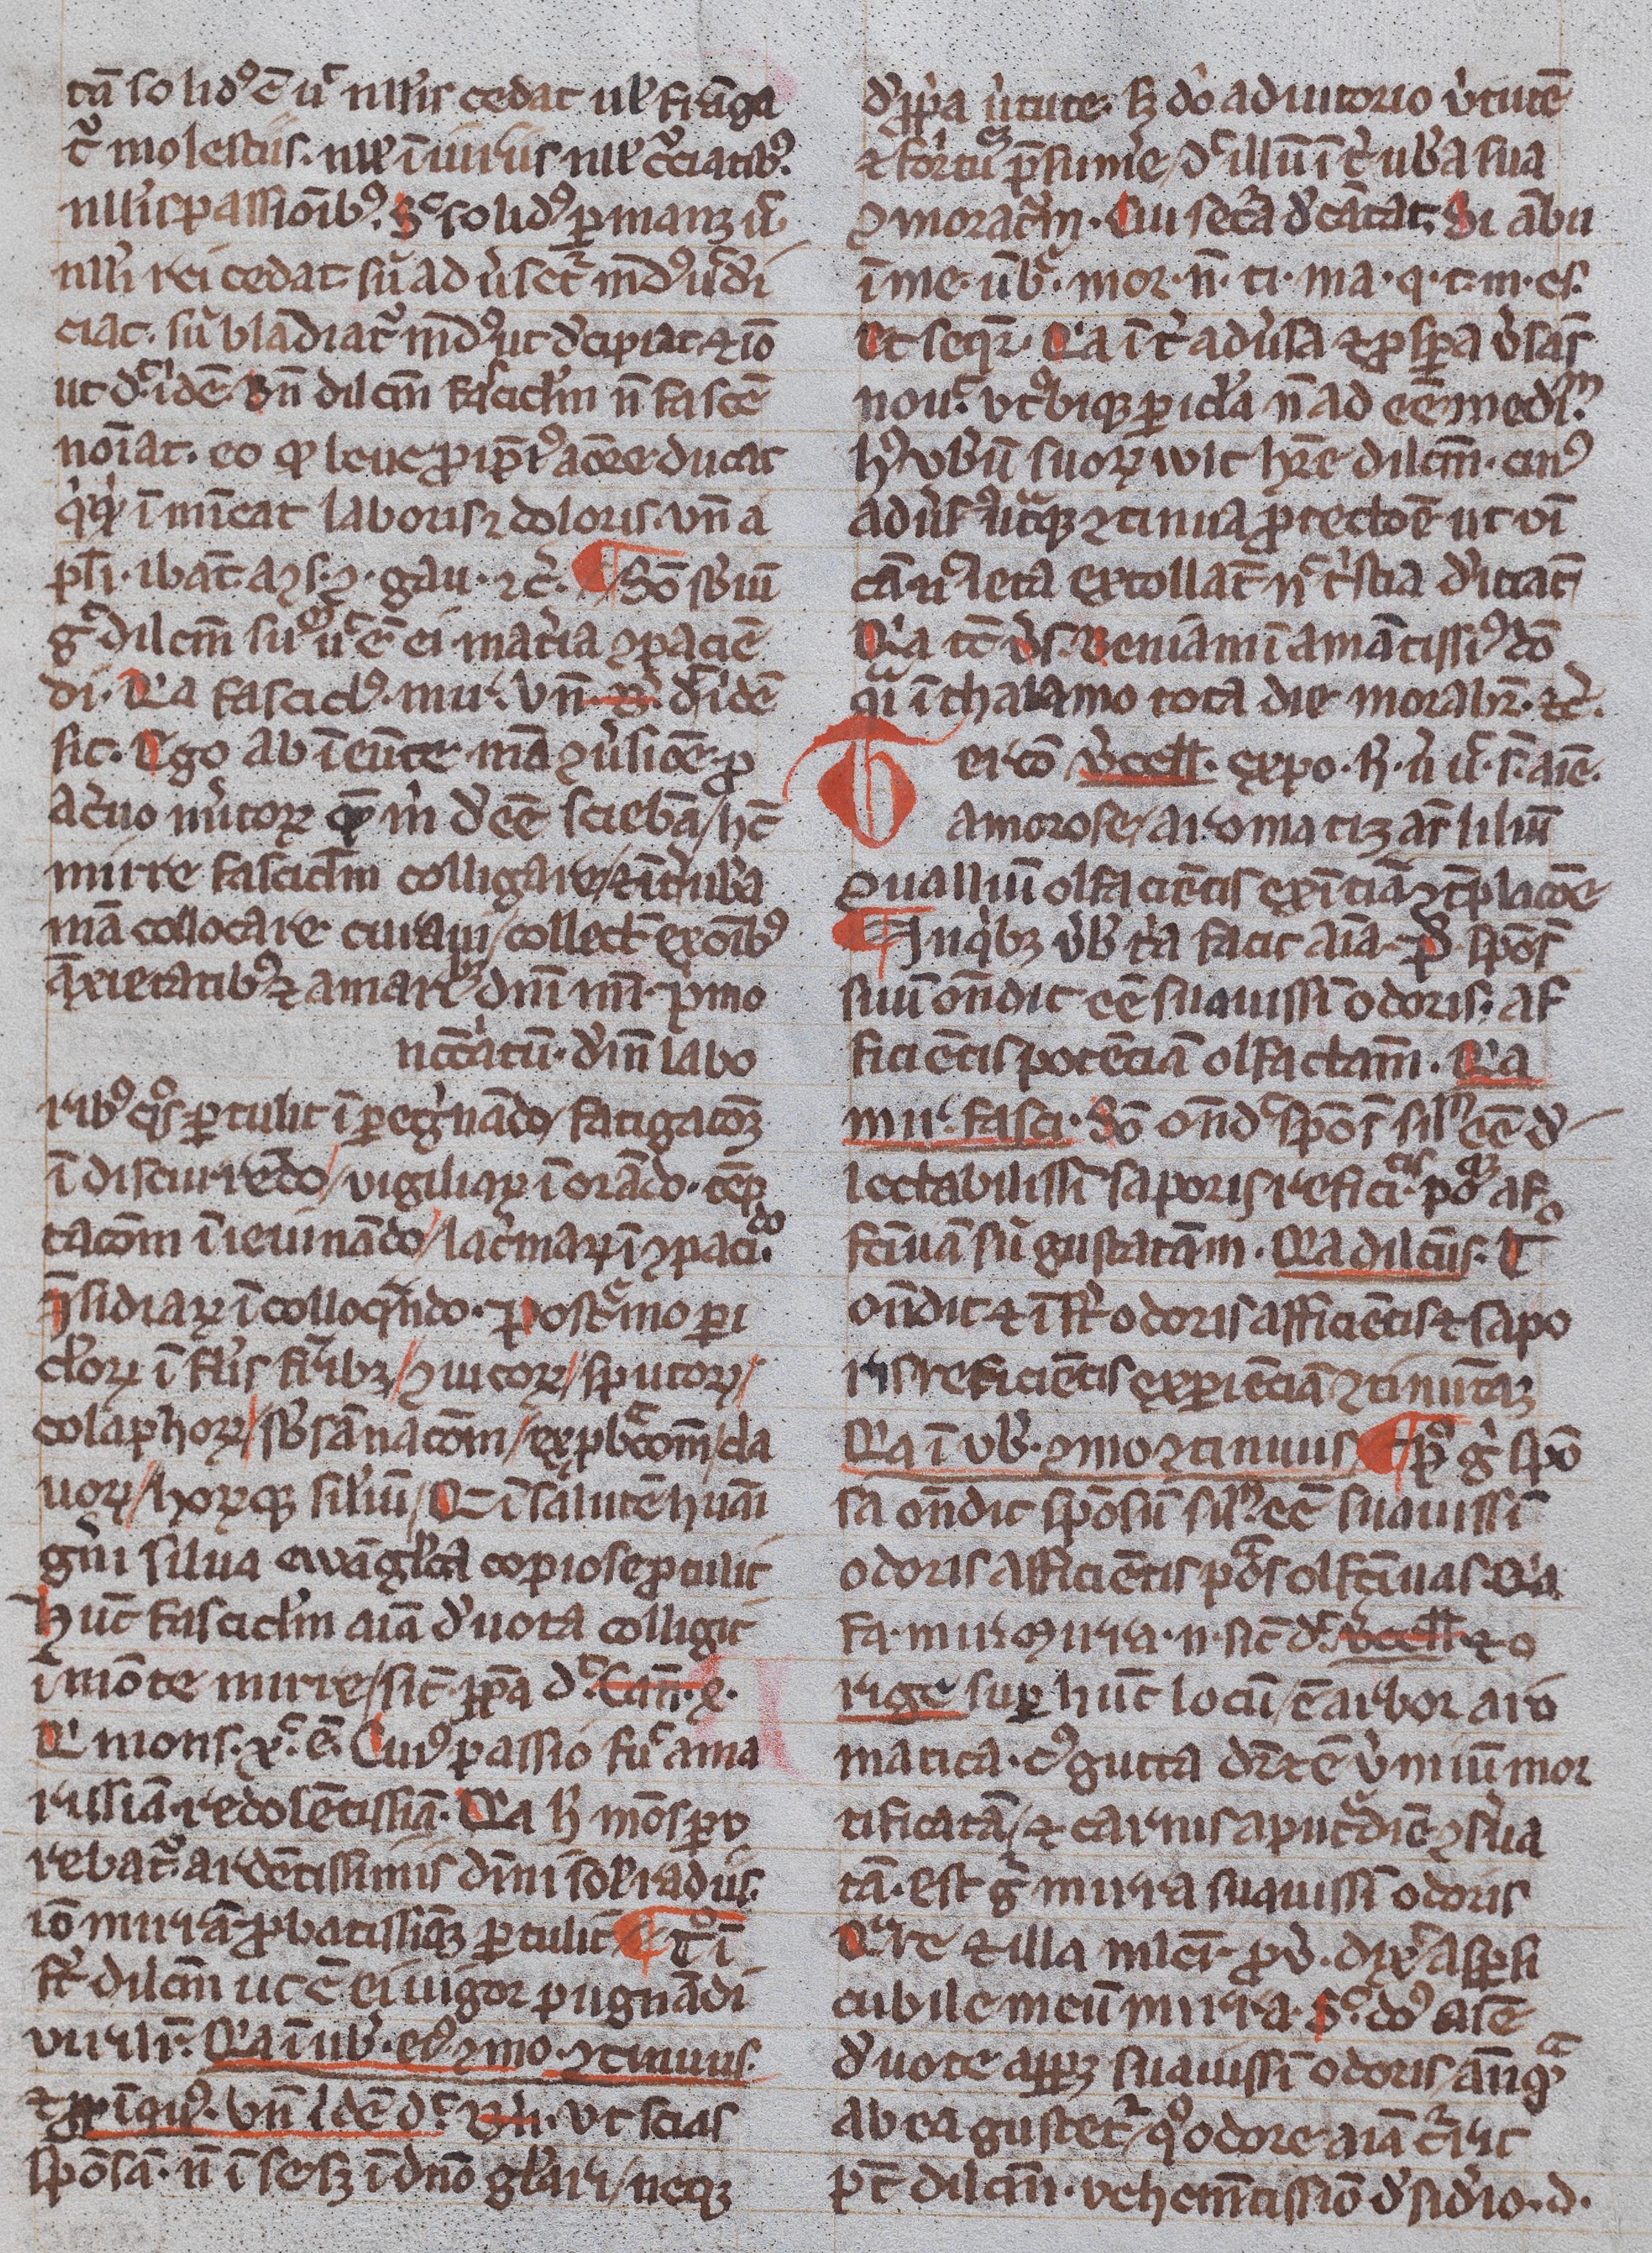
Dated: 1300–1399